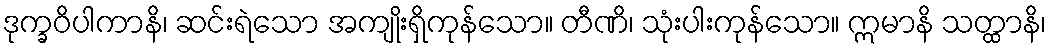
ဒုက္ခဝိပါကာနိ၊ ဆင်းရဲသော အကျိုးရှိကုန်သော။ တီဏိ၊ သုံးပါးကုန်သော။ ဣမာနိ သတ္ထာနိ၊